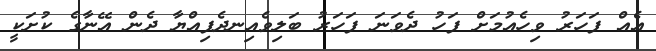
އެއް ފަހަރު ވިހެއުމަށް ފަހު ދެވަނަ ފަހަރު ބަލިވެއިނދެފިއްޔާ ދެން އޭނާގެ ކުށަކީ